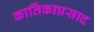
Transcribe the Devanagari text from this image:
कार्तिकाप्रसाद